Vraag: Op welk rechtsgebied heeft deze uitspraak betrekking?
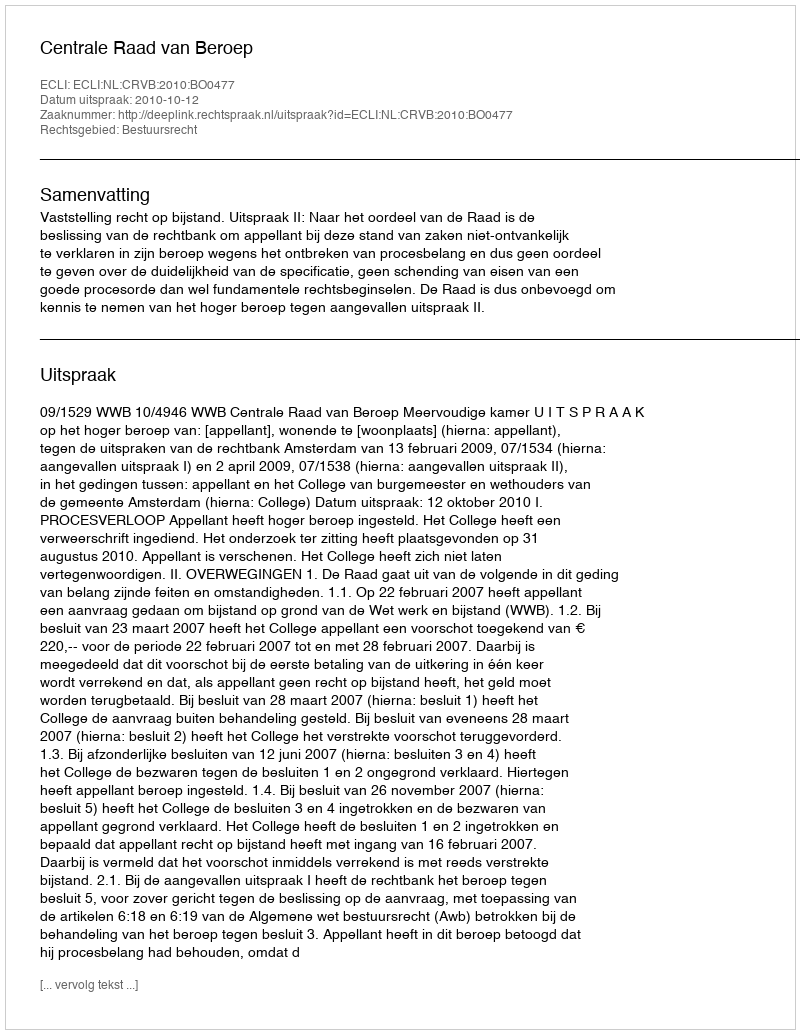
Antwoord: Bestuursrecht